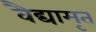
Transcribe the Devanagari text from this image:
वैद्यामृत